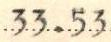
33.53